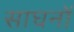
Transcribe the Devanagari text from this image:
साघनों